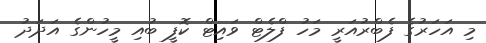
މި އަހަރުގެ ފެބްރުއަރީ މަހު ފްލެޓް ވައިޓް ކޮފީ ބުއި މީހުންގެ އަދަދު